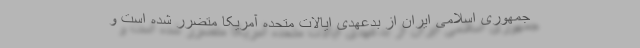
جمهوری اسلامی ایران از بدعهدی ایالات متحده آمریکا متضرر شده است و